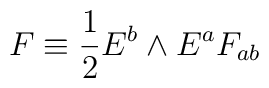
F \equiv {1 \over 2} E^b \wedge E^a F_{ab}